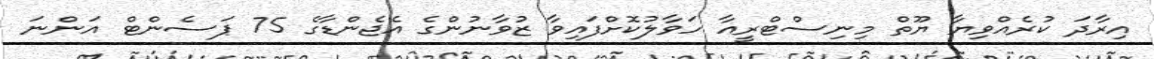
އިރާދަ ކުރެއްވިޔާ ޔޫތް މިނިސްޓްރީއާ ހަވާލުކޮށްފައިވާ ޒުވާނުންގެ އެޖެންޑާގެ 75 ޕަސެންޓް އަންނަ